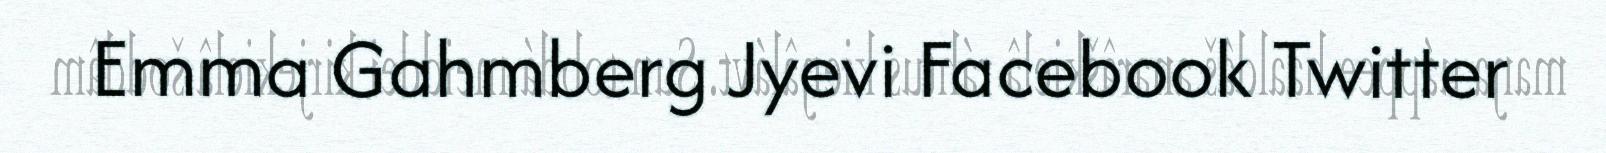
Emma Gahmberg Jyevi Facebook Twitter